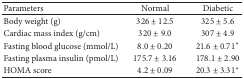
<table><thead><tr><td><b>Parameters</b></td><td><b>Normal</b></td><td><b>Diabetic</b></td></tr></thead><tbody><tr><td>Body weight (g)</td><td>326 ± 12.5</td><td>325 ± 5.6</td></tr><tr><td>Cardiac mass index (g/cm)</td><td>320 ± 9.0</td><td>307 ± 4.9</td></tr><tr><td>Fasting blood glucose (mmol/L)</td><td>8.0 ± 0.20</td><td>21.6 ± 0.71<sup><i>∗</i></sup></td></tr><tr><td>Fasting plasma insulin (pmol/L)</td><td>175.7 ± 3.16</td><td>178.1 ± 2.90</td></tr><tr><td>HOMA score</td><td>4.2 ± 0.09</td><td>20.3 ± 3.31<sup><i>∗</i></sup></td></tr></tbody></table>